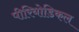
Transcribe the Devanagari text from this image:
पीरियोडिकल